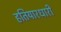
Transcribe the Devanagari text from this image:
हतियारधारी